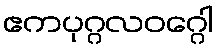
ဧကပုဂ္ဂလဝဂ္ဂေါ